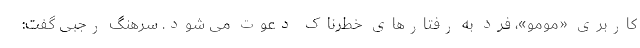
کاربری «مومو»، فرد به رفتارهای خطرناک دعوت می شود. سرهنگ رجبی گفت: